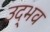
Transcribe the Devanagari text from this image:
उद्‌भव